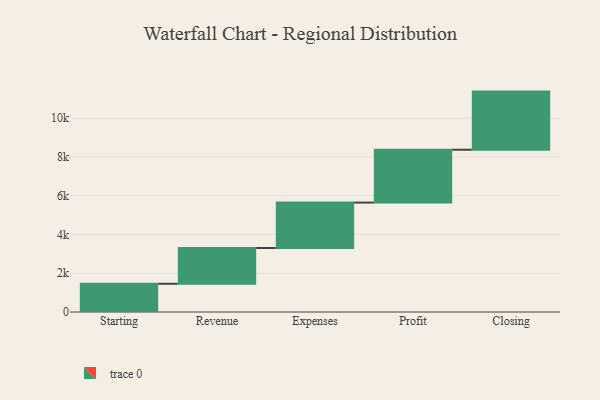
{"axis": {"x": "Step", "y": "Value"}, "legend": [""], "data": [{"x": "Starting", "y": 1456.0, "type": ""}, {"x": "Revenue", "y": 1847.0, "type": ""}, {"x": "Expenses", "y": 2343.0, "type": ""}, {"x": "Profit", "y": 2727.0, "type": ""}, {"x": "Closing", "y": 3000, "type": ""}]}